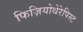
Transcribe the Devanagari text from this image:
फिज़ियोथेरेपिस्ट